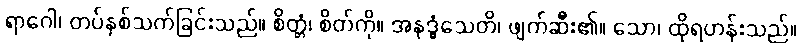
ရာဂေါ၊ တပ်နှစ်သက်ခြင်းသည်။ စိတ္တံ၊ စိတ်ကို။ အနုဒ္ဓံသေတိ၊ ဖျက်ဆီး၏။ သော၊ ထိုရဟန်းသည်။